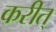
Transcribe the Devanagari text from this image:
करीत्